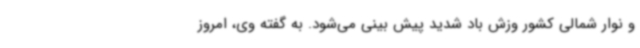
و نوار شمالی کشور وزش باد شدید پیش بینی می‌شود. به گفته وی، امروز